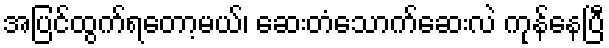
အပြင်ထွက်ရတော့မယ်၊ ဆေးတံသောက်ဆေးလဲ ကုန်နေပြီ